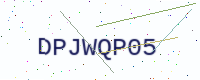
Text: DPJWQP05